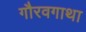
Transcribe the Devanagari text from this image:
गौरवगाथा